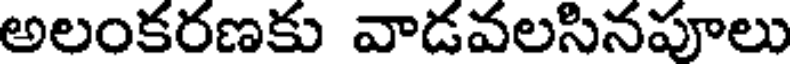
అలంకరణకు వాడవలసినపూలు